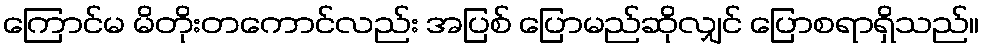
ကြောင်မ မိတိုးတကောင်လည်း အပြစ် ပြောမည်ဆိုလျှင် ပြောစရာရှိသည်။